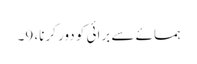
ہمسائے سے برائی کو دور کرنا، 9۔